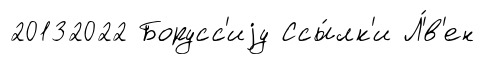
20132022 Борусс'иjу Ссы́лк'и Л'́в'ен